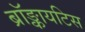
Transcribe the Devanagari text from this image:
ब्रॉङ्कायटिस